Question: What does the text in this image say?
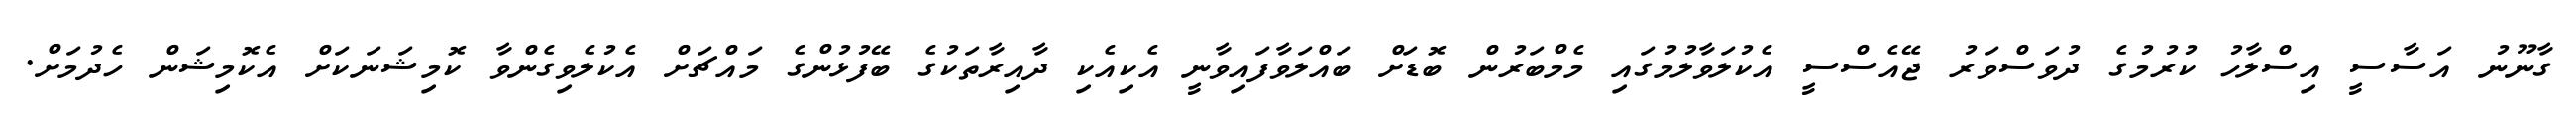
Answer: ގާނޫނު އަސާސީ އިސްލާހު ކުރުމުގެ ދުވަސްވަރު ޖޭއެސްސީ އެކުލަވާލުމުގައި މެމްބަރުން ބޮޑަށް ބައްލަވާފައިވާނީ އެކިއެކި ދާއިރާތަކުގެ ބޭފުޅުންގެ މައްޗަށް އެކުލެވިގެންވާ ކޮމިޝަނަކަށް އެކޮމިޝަން ހެދުމަށް.